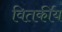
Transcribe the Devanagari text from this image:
वितर्कीय